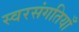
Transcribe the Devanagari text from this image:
स्वरसंगतियाँ